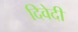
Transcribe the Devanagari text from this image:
दिवेदी